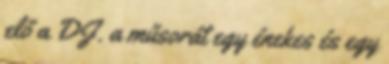
elő a DJ. a műsorát egy énekes és egy